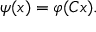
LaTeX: \psi ( x ) = \varphi ( C x ) .